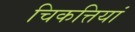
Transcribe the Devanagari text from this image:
चिकत्तियां